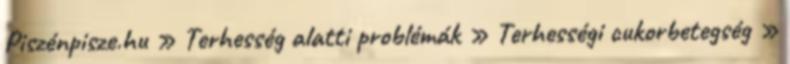
Piszénpisze.hu » Terhesség alatti problémák » Terhességi cukorbetegség »